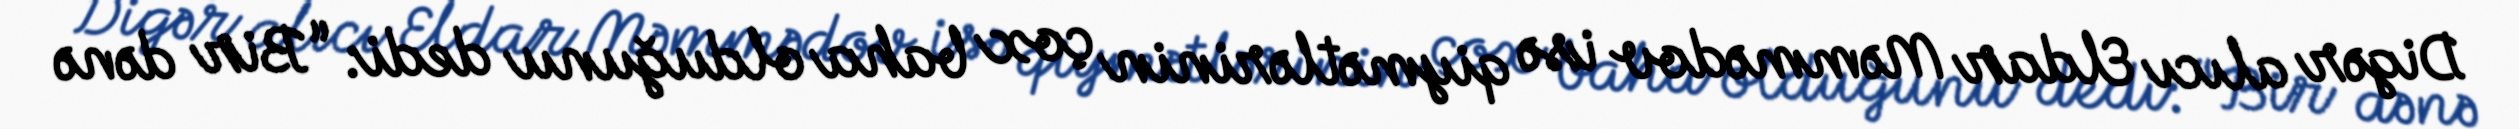
Digər alıcı Eldar Məmmədov isə qiymətlərinin çox baha olduğunu dedi: “Bir dənə